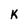
Character: K